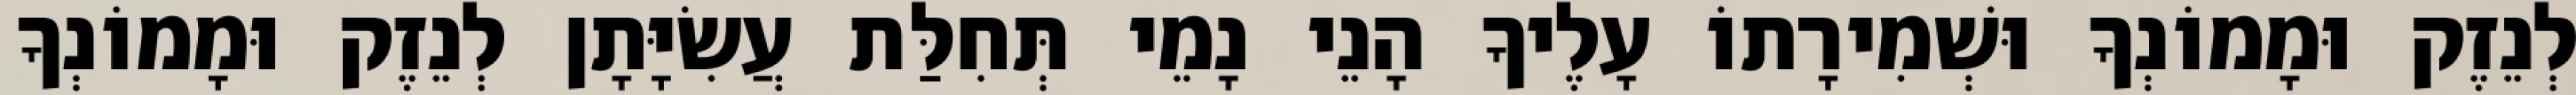
לְנֵזֶק וּמָמוֹנְךָ וּשְׁמִירָתוֹ עָלֶיךָ הָנֵי נָמֵי תְּחִלַּת עֲשִׂיָּתָן לְנֵזֶק וּמָמוֹנְךָ